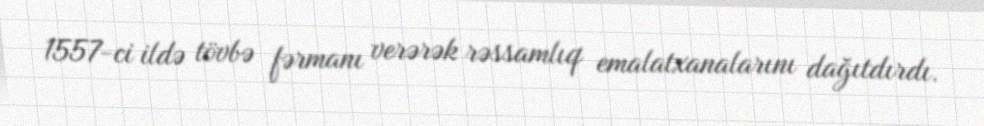
1557-ci ildə tövbə fərmanı verərək rəssamlıq emalatxanalarını dağıtdırdı.